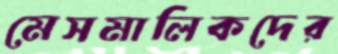
মেসমালিকদের